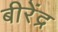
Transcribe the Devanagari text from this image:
बीरेंद्र